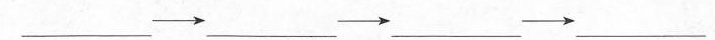
___\longrightarrow___\longrightarrow___\longrightarrow ___